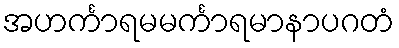
အဟင်္ကာရမမင်္ကာရမာနာပဂတံ